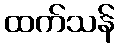
ထက်သန်